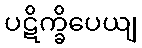
ပဋိက္ခိပေယျ